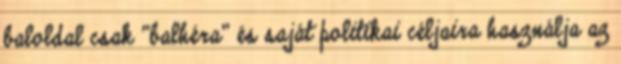
baloldal csak "balhéra" és saját politikai céljaira használja az